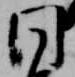
同